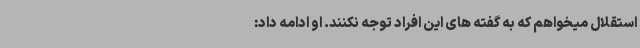
استقلال میخواهم که به گفته های این افراد توجه نکنند. او ادامه داد: